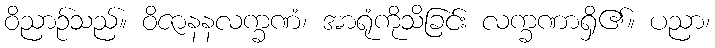
ဝိညာဉ်သည်။ ဝိဇာနနလက္ခဏံ၊ အာရုံကိုသိခြင်း လက္ခဏာရှိ၏။ ပညာ၊